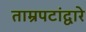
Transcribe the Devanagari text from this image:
ताम्रपटांद्वारे